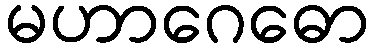
မဟာဂေဓော